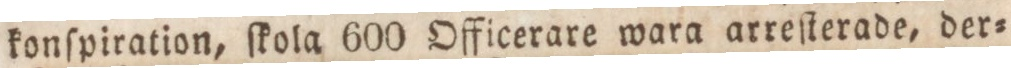
konſpiration, ſkola 600 Officerare wara arreſterade, der=